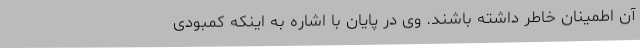
آن‌ اطمینان خاطر داشته باشند. وی در پایان با اشاره به اینکه کمبودی